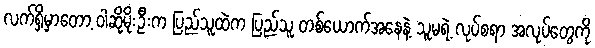
လက်ရှိမှာတော့ ဝါဆိုမိုးဦးက ပြည်သူထဲက ပြည်သူ တစ်ယောက်အနေနဲ့ သူမရဲ့ လုပ်စရာ အလုပ်တွေကို